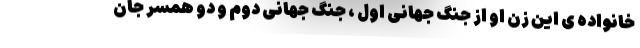
خانواده ی این زن او از جنگ جهانی اول ، جنگ جهانی دوم و دو همسر جان